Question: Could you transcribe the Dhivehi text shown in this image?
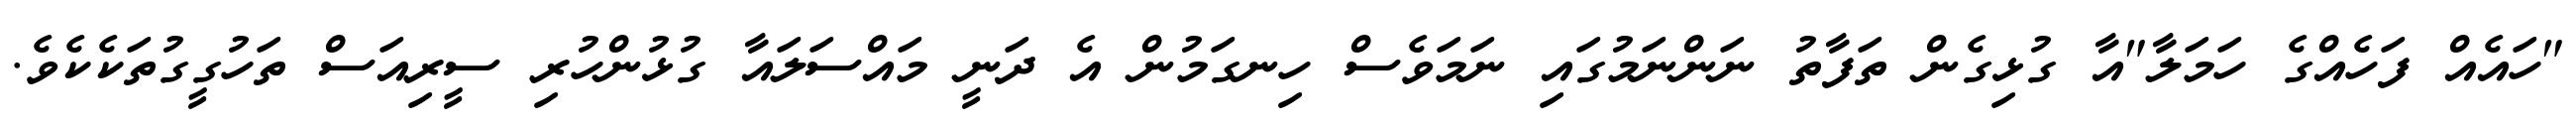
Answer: "ހައެއް ފަހެއްގެ ހަމަލާ"އާ ގުޅިގެން ތަފާތު ނަންނަމުގައި ނަމަވެސް ހިނގަމުން އެ ދަނީ މައްސަލައާ ގުޅުންހުރި ސީރިއަސް ތަހުގީގުތަކެކެވެ.